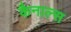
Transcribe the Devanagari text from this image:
कैनाल्स